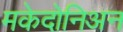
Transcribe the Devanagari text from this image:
मकेदोनिअन